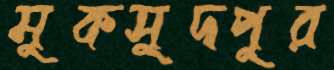
মুকসুদপুর